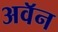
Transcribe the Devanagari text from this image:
अवॅन